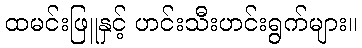
ထမင်းဖြူနှင့် ဟင်းသီးဟင်းရွက်များ။